Scientific memoirs by medical officers of the Army of India - Part XI,
Year: 1898
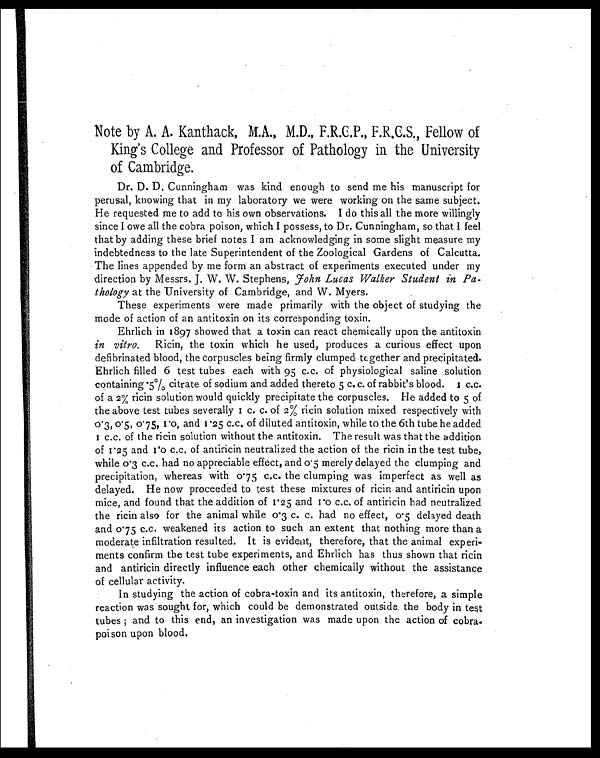
Note by A. A. Kanthack, M.A., M.D., F.R.C.P., F.R.C.S., Fellow of
King's College and Professor of Pathology in the University
of Cambridge.
Dr. D. D. Cunningham was kind enough to send me his manuscript for
perusal, knowing that in my laboratory we were working on the same subject.
He requested me to add to his own observations. I do this all the more willingly
since I owe all the cobra poison, which I possess, to Dr. Cunningham, so that I feel
that by adding these brief notes I am acknowledging in some slight measure my
indebtedness to the late Superintendent of the Zoological Gardens of Calcutta.
The lines appended by me form an abstract of experiments executed under my
direction by Messrs. J. W. W. Stephens, J ohn Lucas Walker Student in Pa-
thology at the University of Cambridge, and W. Myers.
These experiments were made primarily with the object of studying the
mode of action of an antitoxin on its corresponding toxin.
Ehrlich in 1897 showed that a toxin can react chemically upon the antitoxin
in vitro. Ricin, the toxin which he used, produces a curious effect upon
defibrinated blood, the corpuscles being firmly clumped together and precipitated.
Ehrlich filled 6 test tubes each with 95 c.c. of physiological saline solution
containing 5% citrate of sodium and added thereto 5 c. c. of rabbit's blood. 1 c.c.
of a 2% ricin solution would quickly precipitate the corpuscles. He added to 5 of
the above test tubes severally 1 c. c. of 2% ricin solution mixed respectively with
0.3, 0.5, 0.75, 1.0, and 1.25 c.c. of diluted antitoxin, while to the 6th tube he added
1 c . c . o f t h e r i c i n s o l u t i o n w i t h o u t t h e a n t i t o x i n . T h e r e s u l t w a s t h a t t h e a d d i t i o n
of 1.25 and 1.0 c.c. of antiricin neutralized the action of the ricin in the test tube,
while 0.3 c.c, had no appreciable effect, and 0.5 merely delayed the clumping and
precipitation, whereas with 0.75 c.c. the clumping was imperfect as well as
delayed. He now proceeded to test these mixtures of ricin and antiricin upon
mice, and found that the addition of 1.25 and 10 c.c. of antiricin had neutralized
the ricin also for the animal while 0.3 c. c. had no effect, 0.5 delayed death
and 0.75 c.c. weakened its action to such an extent that nothing more than a
moderate infiltration resulted. It is evident, therefore, that the animal experi-
ments confirm the test tube experiments, and Ehrlich has thus shown that ricin
and antiricin directly influence each other chemically without the assistance
of cellular activity.
In studying the action of cobra-toxin and its antitoxin,: therefore, a simple
reaction was sought for, which could be demonstrated outsider the body in test
tubes ; and to this end, an investigation was made upon the action of cobra.
poison upon blood.